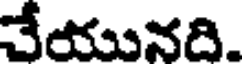
చేయునది.